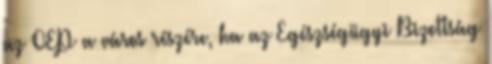
az OEP a város részére, ha az Egészségügyi Bizottság